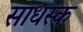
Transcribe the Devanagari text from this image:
साधस्क